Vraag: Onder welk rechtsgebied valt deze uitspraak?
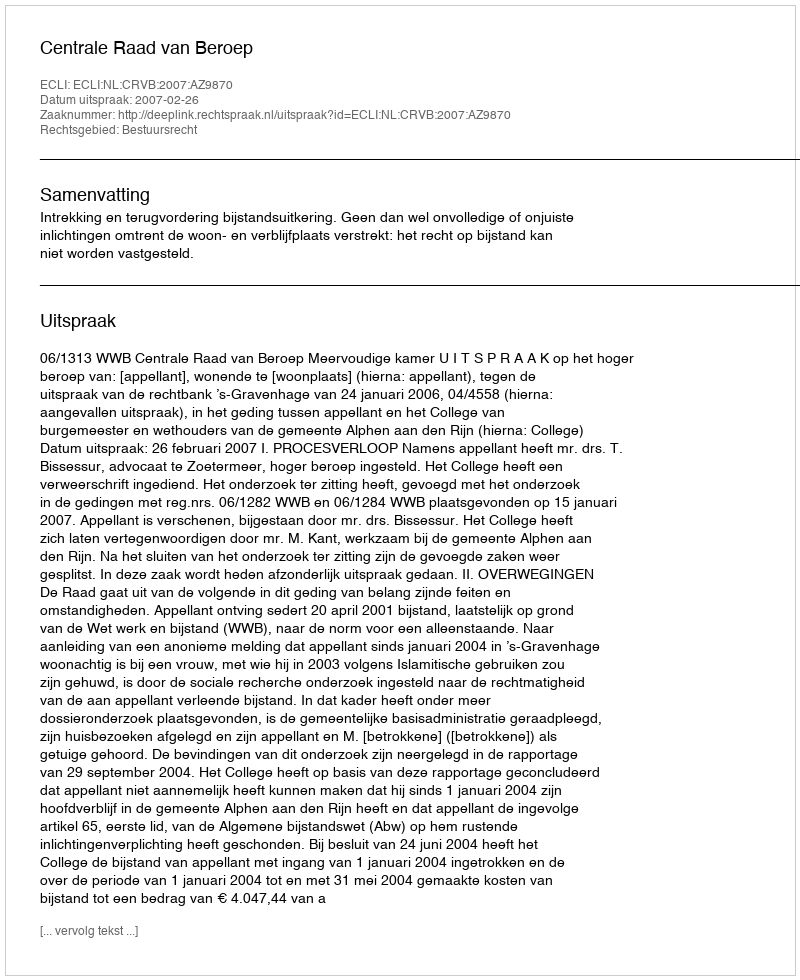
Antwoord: Bestuursrecht